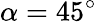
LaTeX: \alpha=45^{\circ}